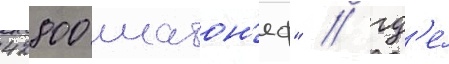
42800 шатон'еф" / гд'е́